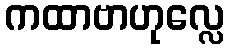
ကထာဗာဟုလ္လေ